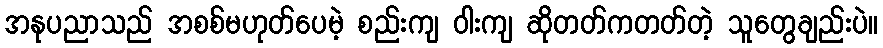
အနုပညာသည် အစစ်မဟုတ်ပေမဲ့ စည်းကျ ဝါးကျ ဆိုတတ်ကတတ်တဲ့ သူတွေချည်းပဲ။